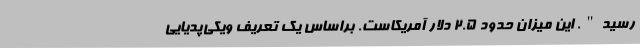
رسید". این میزان حدود 2.5 دلار آمریکاست. براساس یک تعریف ویکی‌پدیایی